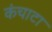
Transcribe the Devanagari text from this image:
कंचाटा